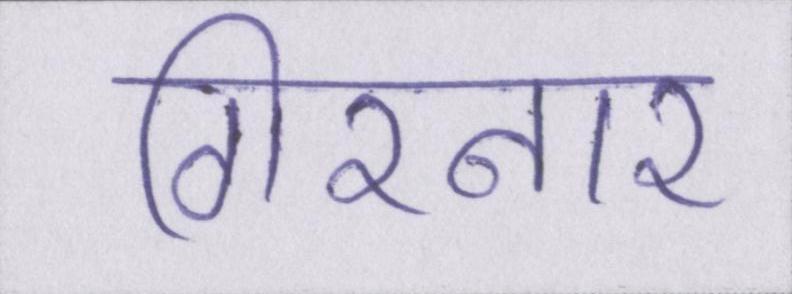
गिरनार